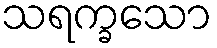
သရက္ခသော